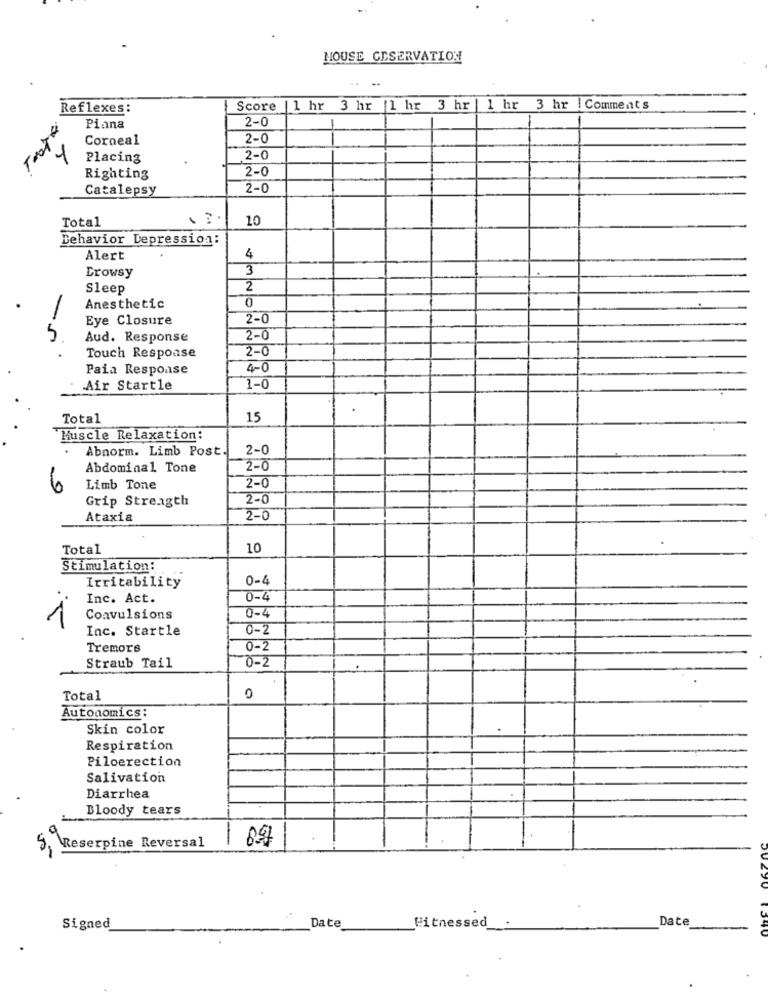
MOUSE CESERVATION
Reflexes:
Score | 1 hr 3 hr |1 hr 3 hr
1 hr 3 hr | Comments
2-0
-
Piana
Corneal
2-0
Placing
2-0
2-0
Righting
Catalepsy
2-0
Total
10
Behavior Depression:
4
Alert
Drowsy
3
Sleep
2
Anesthetic
0
-
Eye Closure
2-0
5
Aud. Response
2-0
2-0
Touch Respoase
Paia Response
4-0
Air Startle
1-0
Total
15
Muscle Relaxation:
Abnorm. Limb Post.
2-0
Abdominal Tone
2-0
Limb Tone
2-0
Grip Strength
2-0
Ataxia
2-0
Total
10
Stimulation:
0-4
Irritability
Inc. Act.
0-4
0-4
Convulsions
Inc. Startle
0-2
Tremors
0-2
0-2
Straub Tail
Total
0
Autonomics:
Skin color
Respiration
Piloerection
Salivation
Diarrhea
Bloody tears
1
Reserpine Reversal
.
Date
Signed
Date
Witnessed